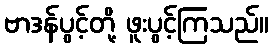
ဗာဒန်ပွင့်တို့ ဖူးပွင့်ကြသည်။